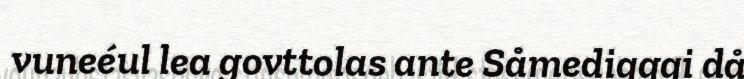
vuneéul lea govttolas ante Såmediqgqi då